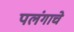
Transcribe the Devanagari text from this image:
पलंगाचे